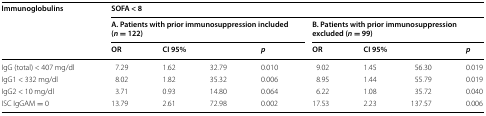
<table><thead><tr><td rowspan="3"><b>Immunoglobulins</b></td><td colspan="8"><b>SOFA &lt; 8</b></td></tr><tr><td colspan="4"><b>A. Patients with prior immunosuppression included (<i>n</i> = 122)</b></td><td colspan="4"><b>B. Patients with prior immunosuppression excluded (<i>n</i> = 99)</b></td></tr><tr><td><b>OR</b></td><td colspan="2"><b>CI 95%</b></td><td><b><i>p</i></b></td><td><b>OR</b></td><td colspan="2"><b>CI 95%</b></td><td><b><i>p</i></b></td></tr></thead><tbody><tr><td>IgG (total) &lt; 407 mg/dl</td><td>7.29</td><td>1.62</td><td>32.79</td><td>0.010</td><td>9.02</td><td>1.45</td><td>56.30</td><td>0.019</td></tr><tr><td>IgG1 &lt; 332 mg/dl</td><td>8.02</td><td>1.82</td><td>35.32</td><td>0.006</td><td>8.95</td><td>1.44</td><td>55.79</td><td>0.019</td></tr><tr><td>IgG2 &lt; 10 mg/dl</td><td>3.71</td><td>0.93</td><td>14.80</td><td>0.064</td><td>6.22</td><td>1.08</td><td>35.72</td><td>0.040</td></tr><tr><td>ISC IgGAM = 0</td><td>13.79</td><td>2.61</td><td>72.98</td><td>0.002</td><td>17.53</td><td>2.23</td><td>137.57</td><td>0.006</td></tr></tbody></table>